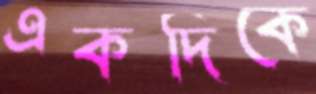
একদিকে